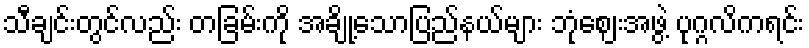
သီချင်းတွင်လည်း တခြမ်းကို အချို့သောပြည်နယ်များ ဘုံဈေးအဖွဲ့ ပုဂ္ဂလိကရင်း